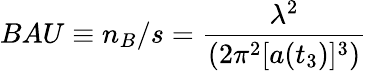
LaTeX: BAU\equiv n_{B}/s={\frac{\lambda^{2}}{(2\pi^{2}[a(t_{3})]^{3})}}